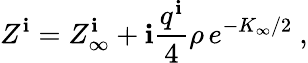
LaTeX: Z^{\mathbf{i}}=Z_{\infty}^{\mathbf{i}}+\mathbf{i}{\frac{{q^{\mathbf{i}}}}{{4}}}\rho\, e^{-K_{\infty}/2}\ ,